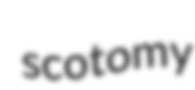
scotomy